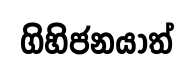
ගිහිජනයාත්